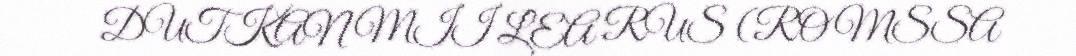
DUTKAN MII LEA RUS (ROMSSA